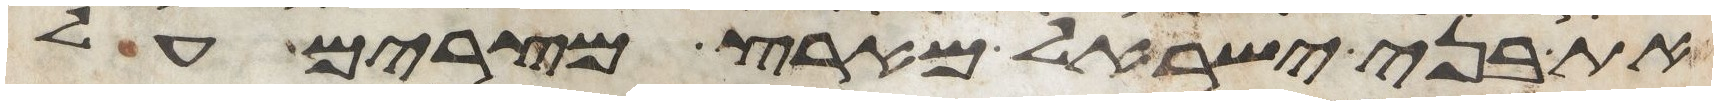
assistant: את בני ישראל מארץ מצרים על